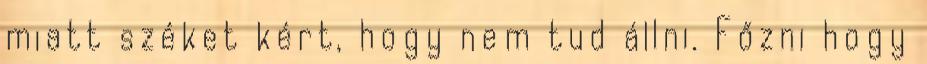
miatt széket kért, hogy nem tud állni. Főzni hogy